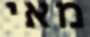
מאי